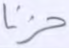
حزنا